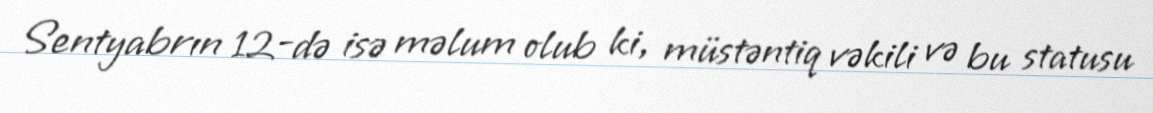
Sentyabrın 12-də isə məlum olub ki, müstəntiq vəkili və bu statusu